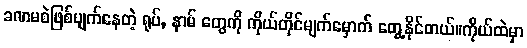
ခဏမစဲဖြစ်ပျက်နေတဲ့ ရုပ်, နာမ် တွေကို ကိုယ်တိုင်မျက်မှောက် တွေ့နိုင်တယ်။ကိုယ်ထဲမှာ